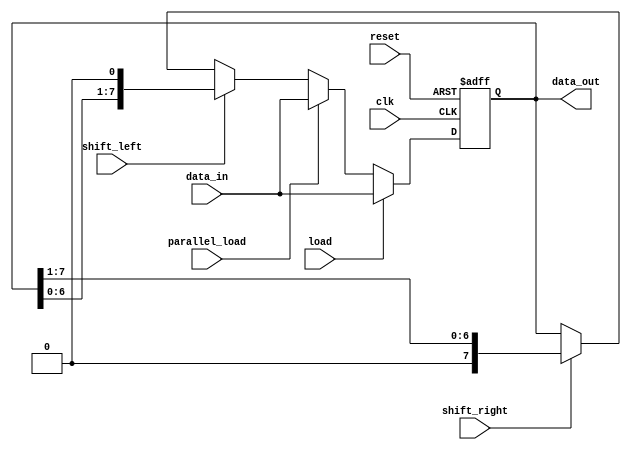
module Universal_Shift_Register (
  input clk,
  input reset,
  input shift_left,
  input shift_right,
  input load,
  input parallel_load,
  input [7:0] data_in,
  output reg [7:0] data_out
);

reg [7:0] reg_data;

always @ (posedge clk or posedge reset) begin
  if (reset) begin
    reg_data <= 8'b0;
  end else begin
    if (load) begin
      reg_data <= data_in;
    end else if (parallel_load) begin
      reg_data <= data_in;
    end else begin
      if (shift_left) begin
        reg_data <= {reg_data[6:0], 1'b0};
      end else if (shift_right) begin
        reg_data <= {1'b0, reg_data[7:1]};
      end
    end
  end
end

assign data_out = reg_data;

endmodule